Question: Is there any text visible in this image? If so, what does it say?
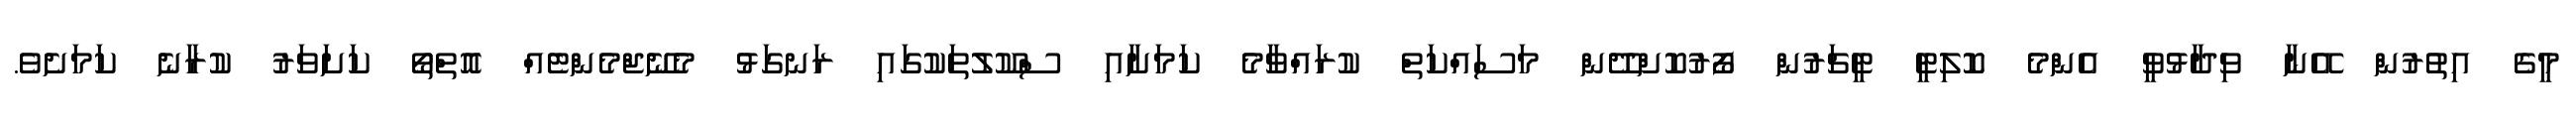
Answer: މީގެ އިތުރުން އޭނާ ވިދާޅުވީ އެންމެ ކޮލިޓީ ޓީޗަރުން ފޯރުކޮށްދޭން މަސައްކަތް ކުރައްވާމެ ކަމަށާއި ސްކޫލުތަކުގައި ރަނގަޅު މެނޭޖްމެންޓެއް އޮތްތޯ ކަށަވަރު ކުރާނެ ކަމަށެވެ.